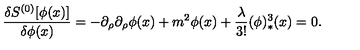
{ \frac { \delta S ^ { ( 0 ) } [ \phi ( x ) ] } { \delta \phi ( x ) } } = - \partial _ { \rho } \partial _ { \rho } \phi ( x ) + m ^ { 2 } \phi ( x ) + { \frac { \lambda } { 3 ! } } ( \phi ) _ { * } ^ { 3 } ( x ) = 0 .